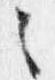
之